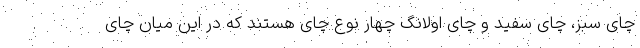
چای سبز، چای سفید و چای اولانگ چهار نوع چای هستند که در این میان چای